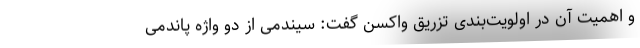
و اهمیت آن در اولویت‌بندی تزریق واکسن گفت: سیندمی از دو واژه پاندمی